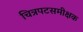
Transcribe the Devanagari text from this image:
चित्रपटसमीक्षक